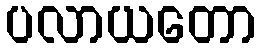
ပလာယတော